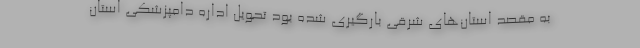
به مقصد استان‌های شرقی بارگیری شده بود تحویل اداره دامپزشکی استان